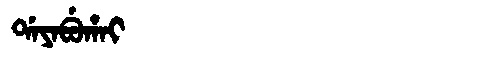
Manchu: ᡩᠠᠶᠠᠪᡠᡥᠠᡳ
Romanization: DAYABUHAI